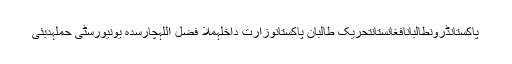
پاکستانڈرونطالبانافغانستانتحریک طالبان پاکستانوزارت داخلہملا فضل اللہچارسدہ یونیورسٹی حملہدبئی